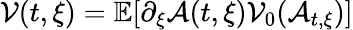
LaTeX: \mathcal{V}(t,\xi)=\mathbb{E}[\partial_{\xi}\mathcal{A}(t,\xi)\mathcal{V}_{0}(\mathcal{A}_{t,\xi})]